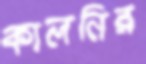
কালনির